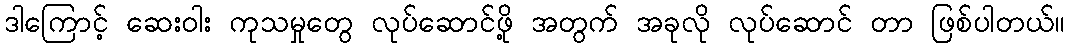
ဒါကြောင့် ဆေးဝါး ကုသမှုတွေ လုပ်ဆောင်ဖို့ အတွက် အခုလို လုပ်ဆောင် တာ ဖြစ်ပါတယ်။